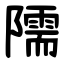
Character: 隭